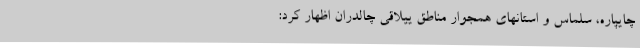
چایپاره، سلماس و استانهای همجوار مناطق ییلاقی چالدران اظهار کرد: